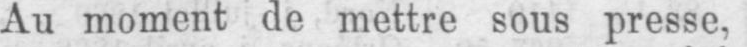
Au moment de mettre sous presse,